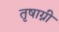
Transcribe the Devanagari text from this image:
तृषाग्नी